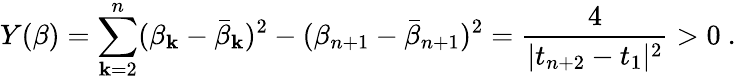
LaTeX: Y(\beta)=\sum_{\mathbf{k}=2}^{n}(\beta_{\mathbf{k}}-\bar{{\beta}}_{\mathbf{k}})^{2}-(\beta_{n+1}-\bar{{\beta}}_{n+1})^{2}={\frac{{4}}{{|t_{n+2}-t_{1}|^{2}}}}>0\ .